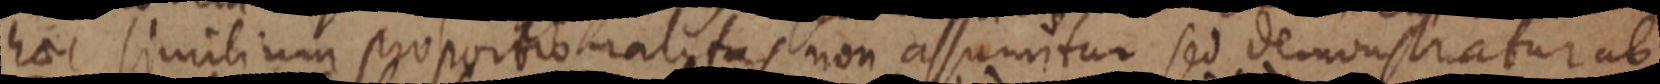
haec similium proportionalitas non assumitur sed demonstratur ab